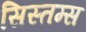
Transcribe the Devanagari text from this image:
सिस्तम्स